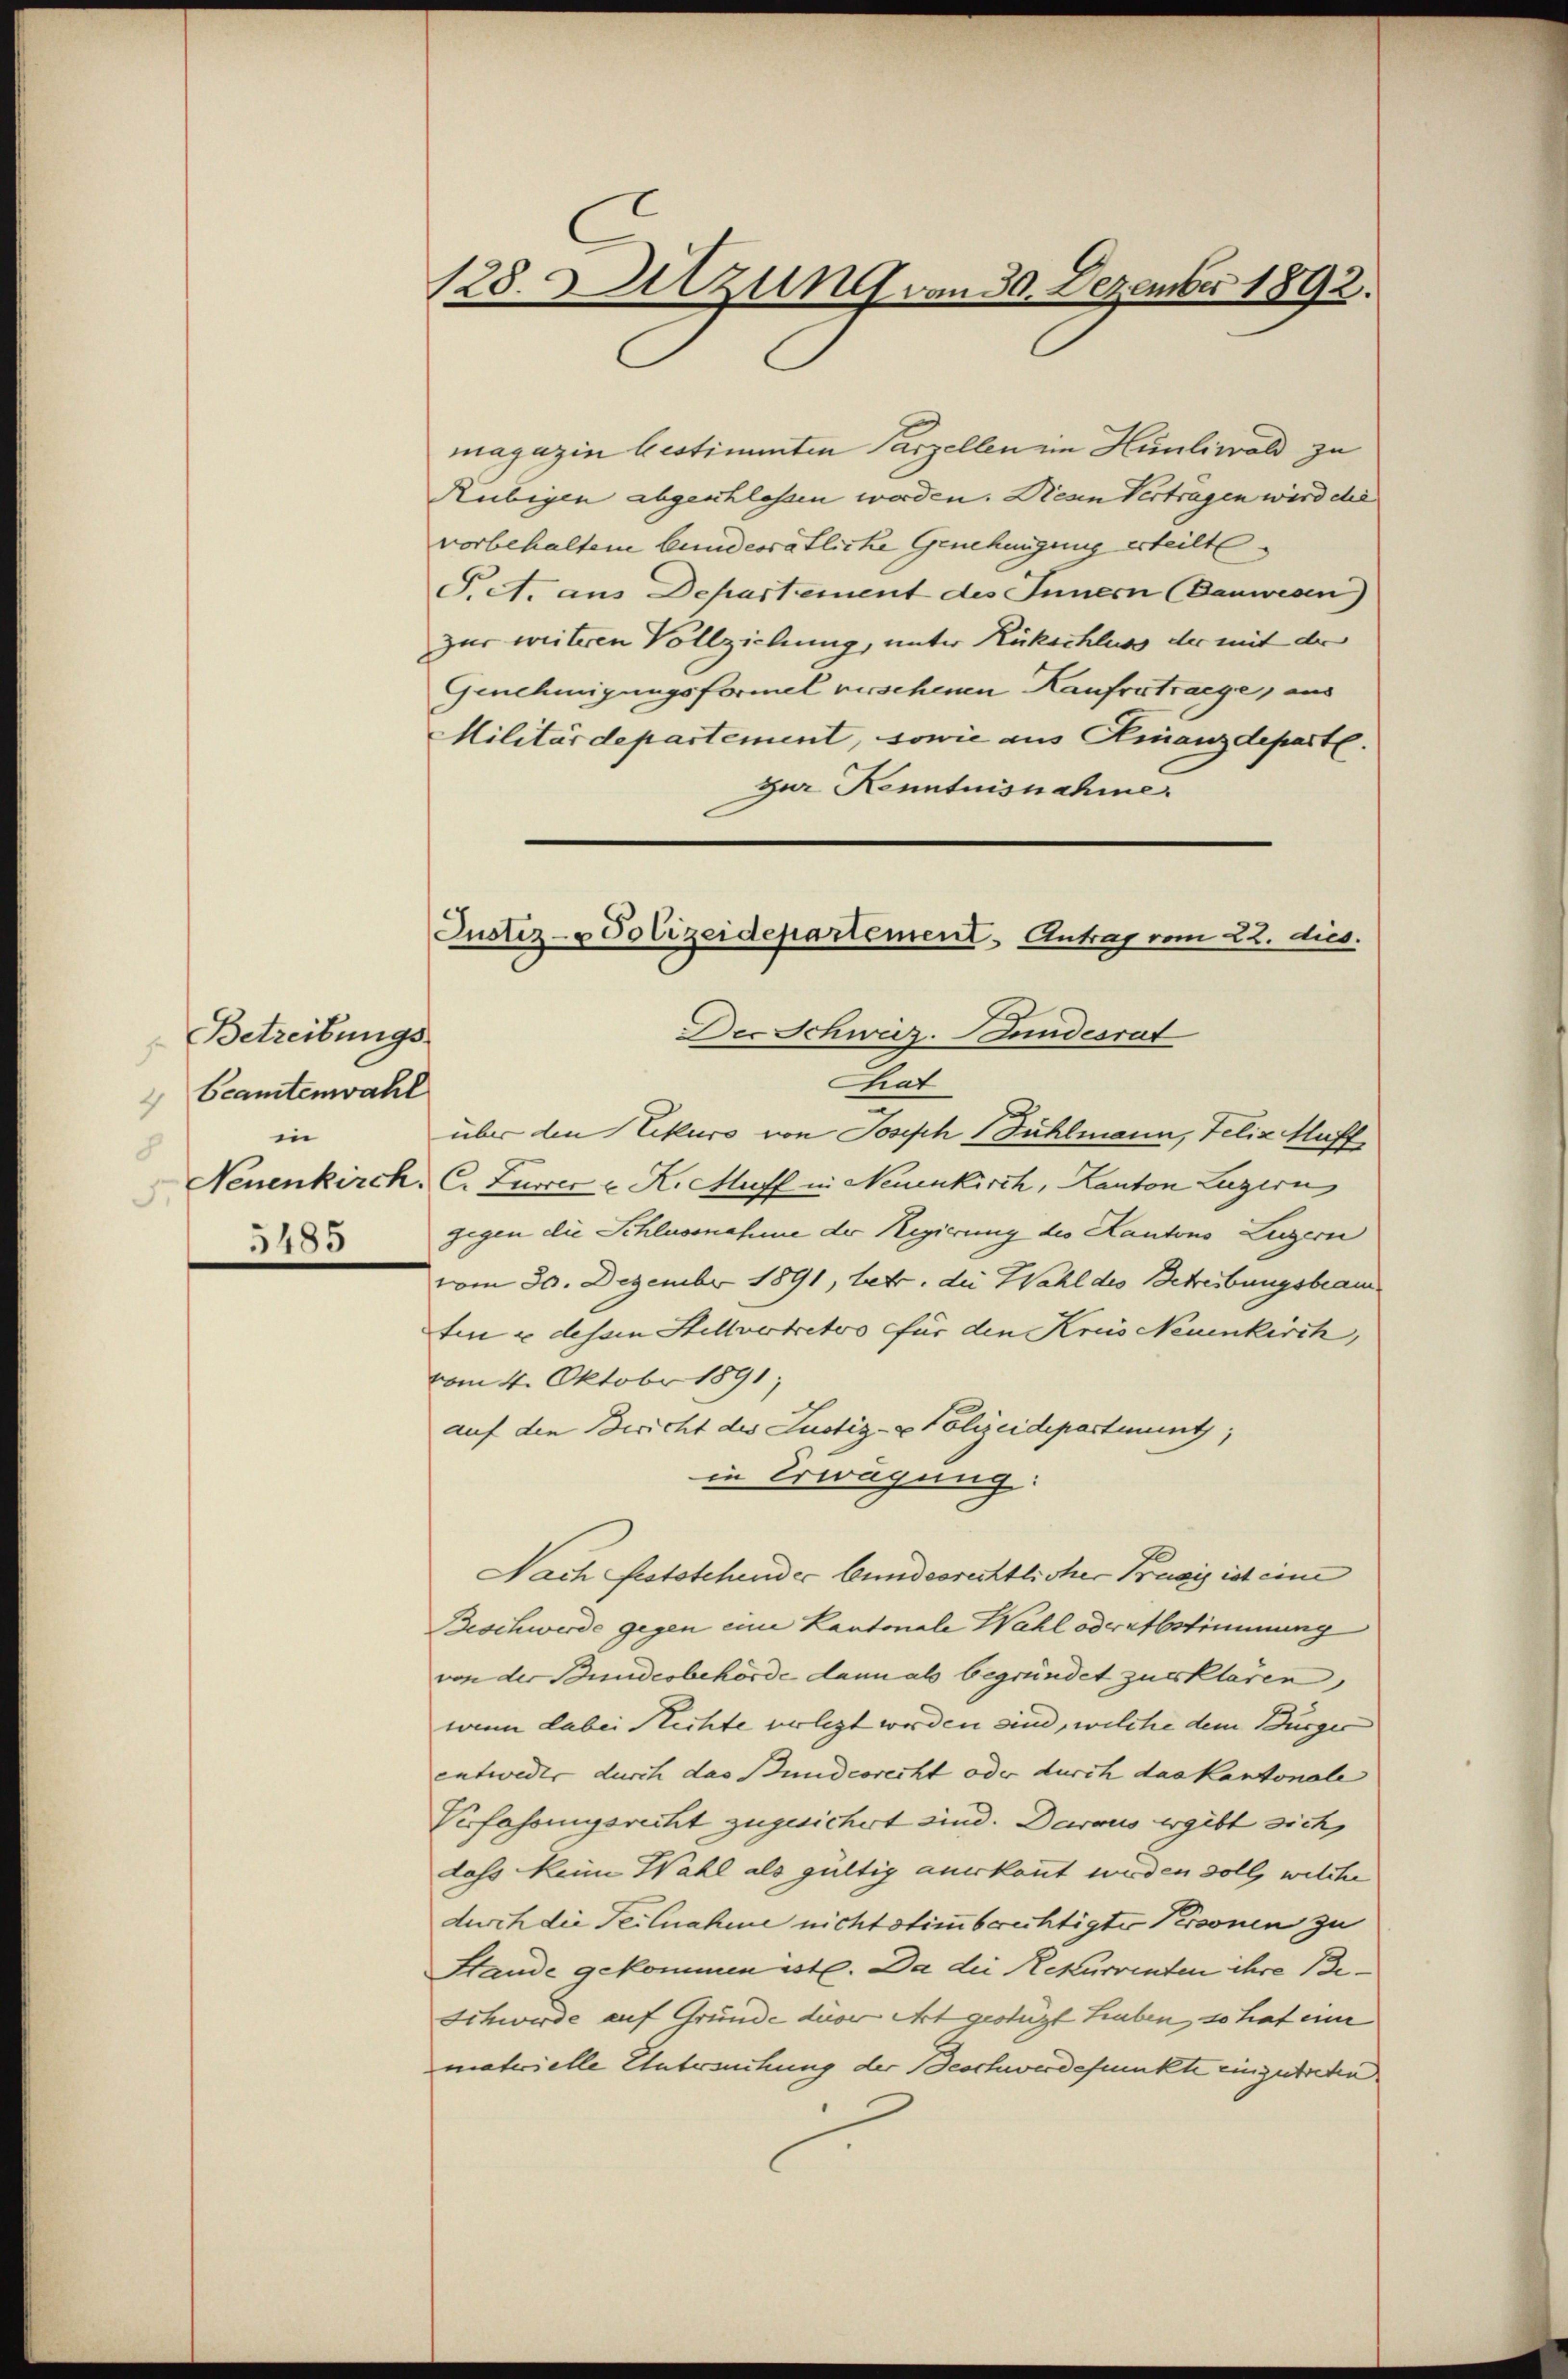
Betreibungs
Beamtenwahl
4
in
Neuenkirch.
5185

128. Sitzung von 30. Dezember 1892.

magazin bestimenten Parzellen im Humliwald zu
Rubigen abgeschlossen worden. Diean Vertragen wird die
vorbehaltene bundesrätliche Genehmigung erteilt
J. A. aus Departement des Innern (Bauwesen)
zur weiteren Vollziehung, unter Rückschluss der mit der
Genehmigungsformel rischenen Kaufvertrage, aus
Militärdepartement, sowie aus Finanzdeparte.
zur Kenntnisnahme.
Der Schweiz. Bundesrat
Chat
über den Rekurs von Joseph Fühlmann, Felix Muff
C. Furrer u K.Chuff in Neuenkirch, Kanton Luzern
gegen die Schlussnahme der Regierung des Kantons Luzern
vom 30. Dezember 1891, betr. die Wahl des Betreibungsbeam
ten u dessen Stellvertretes für den Kreis Neuenkirch,
vom 4. Oktobr 1891
auf den Bericht des Justiz- & Polizeidepartiunt,
in Erwägung:
Nach feststehender bundesrechtlicher Basis ist eine
Beschwerde gegen eine Kantonale Wahl oder abstimmung
von der Bundesbehörde dann als begründet zur klaren,
wenn dabei Richte verlegt worden sind, welche dem Bürger
entweder durch das Bundesrecht oder durch das kantonale
Verfahrungsrecht zugesichert sind. Daraus ergibt sich,
dass Meine Wahl als gültig anerkannt werden soll, welche
durch die Teilnahme nichtstimmbrechtigter Personen zu
Stande gekommen ist. Da die Rekurrenten ihre Be-
Schwerde auf Grunde der Art gestügt haben, so hat eine
materielle Untersuchung der Beschwerdefunkte einzutreten

Justiz- & Polizeidepartement. Antrag vom 22. dies.